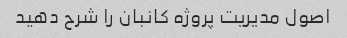
اصول مدیریت پروژه کانبان را شرح دهید